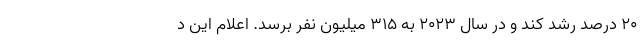
۲۰ درصد رشد کند و در سال ۲۰۲۳ به ۳۱۵ میلیون نفر برسد. اعلام این د